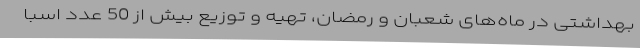
بهداشتی در ماه‌های شعبان و رمضان، تهیه و توزیع بیش از 50 عدد اسبا